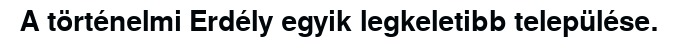
A történelmi Erdély egyik legkeletibb települése.